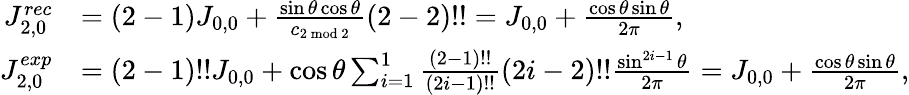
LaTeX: \begin{array}{rl}{J_{2,0}^{rec}}&{=(2-1)J_{0,0}+\frac{\sin\theta\cos\theta}{c_{2\bmod 2}}(2-2)!!=J_{0,0}+\frac{\cos\theta\sin\theta}{2\pi},}\\ {J_{2,0}^{exp}}&{=(2-1)!!J_{0,0}+\cos\theta\sum_{i=1}^{1}\frac{(2-1)!!}{(2i-1)!!}(2i-2)!!\frac{\sin^{2i-1}\theta}{2\pi}=J_{0,0}+\frac{\cos\theta\sin\theta}{2\pi},}\end{array}